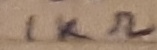
Text: 1KΩ